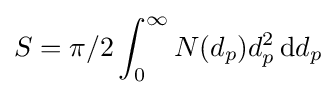
S=\pi /2\int _{0}^{\infty }N(d_{p})d_{p}^{2}\,\mathrm {d} d_{p}